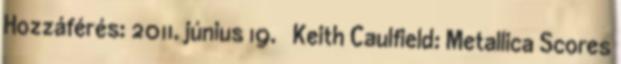
Hozzáférés: 2011. június 19. ↑ Keith Caulfield: Metallica Scores